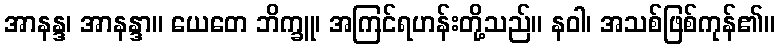
အာနန္ဒ၊ အာနန္ဒာ။ ယေတေ ဘိက္ခူ၊ အကြင်ရဟန်းတို့သည်။ နဝါ၊ အသစ်ဖြစ်ကုန်၏။